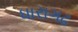
ધારાગઢ